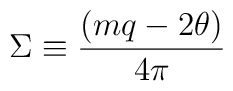
\Sigma \equiv {{(m q - 2\theta )} \over {4\pi}}